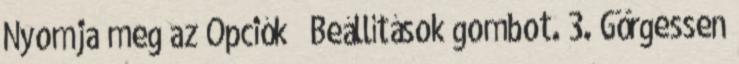
Nyomja meg az Opciók → Beállítások gombot. 3. Görgessen